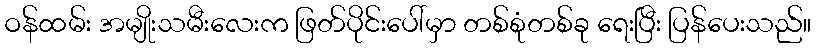
ဝန်ထမ်း အမျိုးသမီးလေးက ဖြတ်ပိုင်းပေါ်မှာ တစ်စုံတစ်ခု ရေးပြီး ပြန်ပေးသည်။